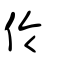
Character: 伶